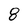
Character: 8